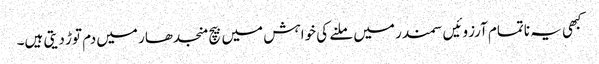
کبھی یہ ناتمام آرزوئیں سمندر میں ملنے کی خواہش میں بیچ منجدھار میں دم توڑ دیتی ہیں۔